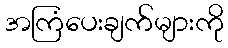
အကြံပေးချက်များကို